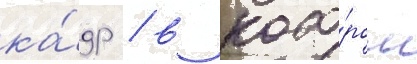
ка́др / в кото́ром